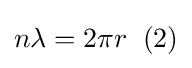
n\lambda =2\pi r\;\;(2)